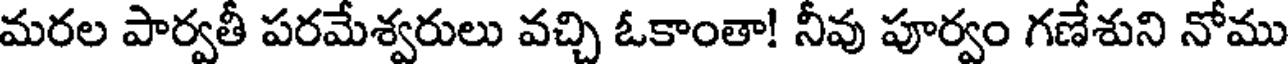
మరల పార్వతీ పరమేశ్వరులు వచ్చి ఓకాంతా! నీవు పూర్వం గణేశుని నోము